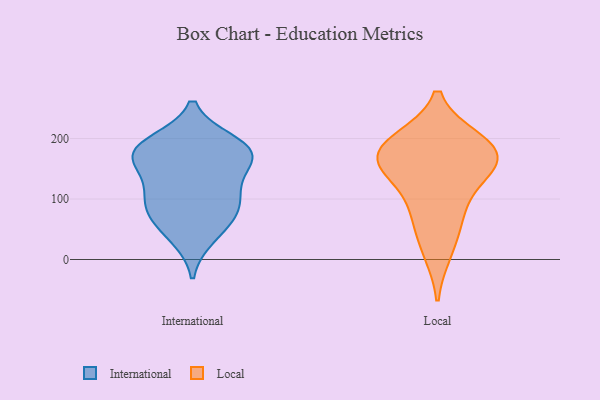
{"axis": {"x": "Population (Million)", "y": "Value"}, "legend": ["International", "Local"], "data": [{"x": "", "y": 158, "type": "International"}, {"x": "", "y": 60, "type": "International"}, {"x": "", "y": 93, "type": "International"}, {"x": "", "y": 178, "type": "International"}, {"x": "", "y": 80, "type": "International"}, {"x": "", "y": 180, "type": "International"}, {"x": "", "y": 178, "type": "International"}, {"x": "", "y": 173, "type": "International"}, {"x": "", "y": 38, "type": "International"}, {"x": "", "y": 103, "type": "International"}, {"x": "", "y": 119, "type": "International"}, {"x": "", "y": 192, "type": "International"}, {"x": "", "y": 171, "type": "Local"}, {"x": "", "y": 196, "type": "Local"}, {"x": "", "y": 87, "type": "Local"}, {"x": "", "y": 155, "type": "Local"}, {"x": "", "y": 141, "type": "Local"}, {"x": "", "y": 157, "type": "Local"}, {"x": "", "y": 192, "type": "Local"}, {"x": "", "y": 64, "type": "Local"}, {"x": "", "y": 184, "type": "Local"}, {"x": "", "y": 14, "type": "Local"}]}